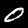
Label: 0